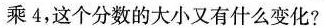
乘4，这个分数的大小又有什么变化?